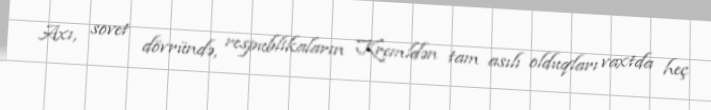
Axı, sovet dövründə, respublikaların Kremldən tam asılı olduqları vaxtda heç